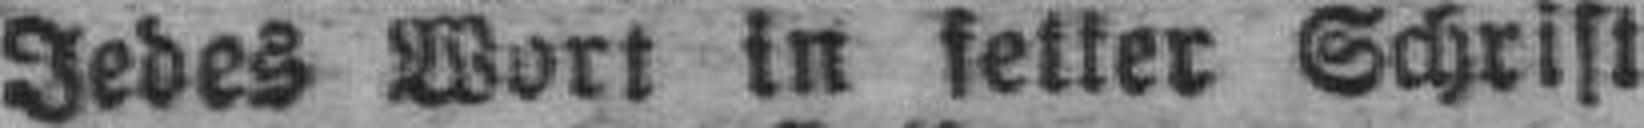
Jedes Wort in fetter Schrift